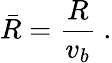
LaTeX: \bar{R}=\frac{R}{v_{b}}\ .